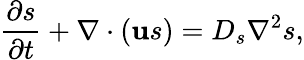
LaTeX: \frac{\partial s}{\partial t}+\nabla\cdot(\textbf{u}s)=D_{s}{\nabla}^{2}s,